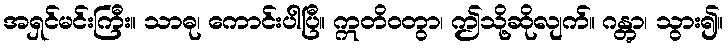
အရှင်မင်းကြီး။ သာဓု၊ ကောင်းပါပြီ။ ဣတိဝတွာ၊ ဤသို့ဆိုလျက်။ ဂန္တွာ၊ သွား၍။